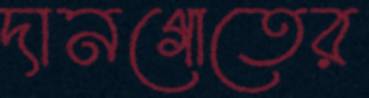
দানগোতের